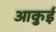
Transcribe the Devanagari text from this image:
आकुई